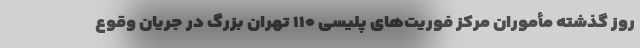
روز گذشته مأموران مرکز فوریت‌های پلیسی ۱۱۰ تهران بزرگ در جریان وقوع